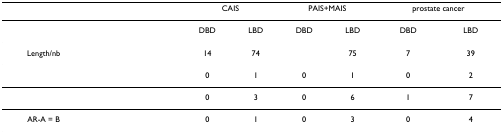
<table><thead><tr><td>[EMPTY_CELL]</td><td>[EMPTY_CELL]</td><td>[EMPTY_CELL]</td><td colspan="2"><b>CAIS</b></td><td colspan="2"><b>PAIS+MAIS</b></td><td colspan="2"><b>prostate cancer</b></td></tr></thead><tbody><tr><td>[EMPTY_CELL]</td><td>[EMPTY_CELL]</td><td>[EMPTY_CELL]</td><td>DBD</td><td>LBD</td><td>DBD</td><td>LBD</td><td>DBD</td><td>LBD</td></tr><tr><td>Length/nb</td><td>[EMPTY_CELL]</td><td>[EMPTY_CELL]</td><td>14</td><td>74</td><td>[EMPTY_CELL]</td><td>75</td><td>7</td><td>39</td></tr><tr><td>[EMPTY_CELL]</td><td>[EMPTY_CELL]</td><td>[EMPTY_CELL]</td><td>0</td><td>1</td><td>0</td><td>1</td><td>0</td><td>2</td></tr><tr><td>[EMPTY_CELL]</td><td>[EMPTY_CELL]</td><td>[EMPTY_CELL]</td><td>0</td><td>3</td><td>0</td><td>6</td><td>1</td><td>7</td></tr><tr><td>AR-A = B</td><td>[EMPTY_CELL]</td><td>[EMPTY_CELL]</td><td>0</td><td>1</td><td>0</td><td>3</td><td>0</td><td>4</td></tr></tbody></table>